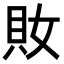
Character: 𧴱